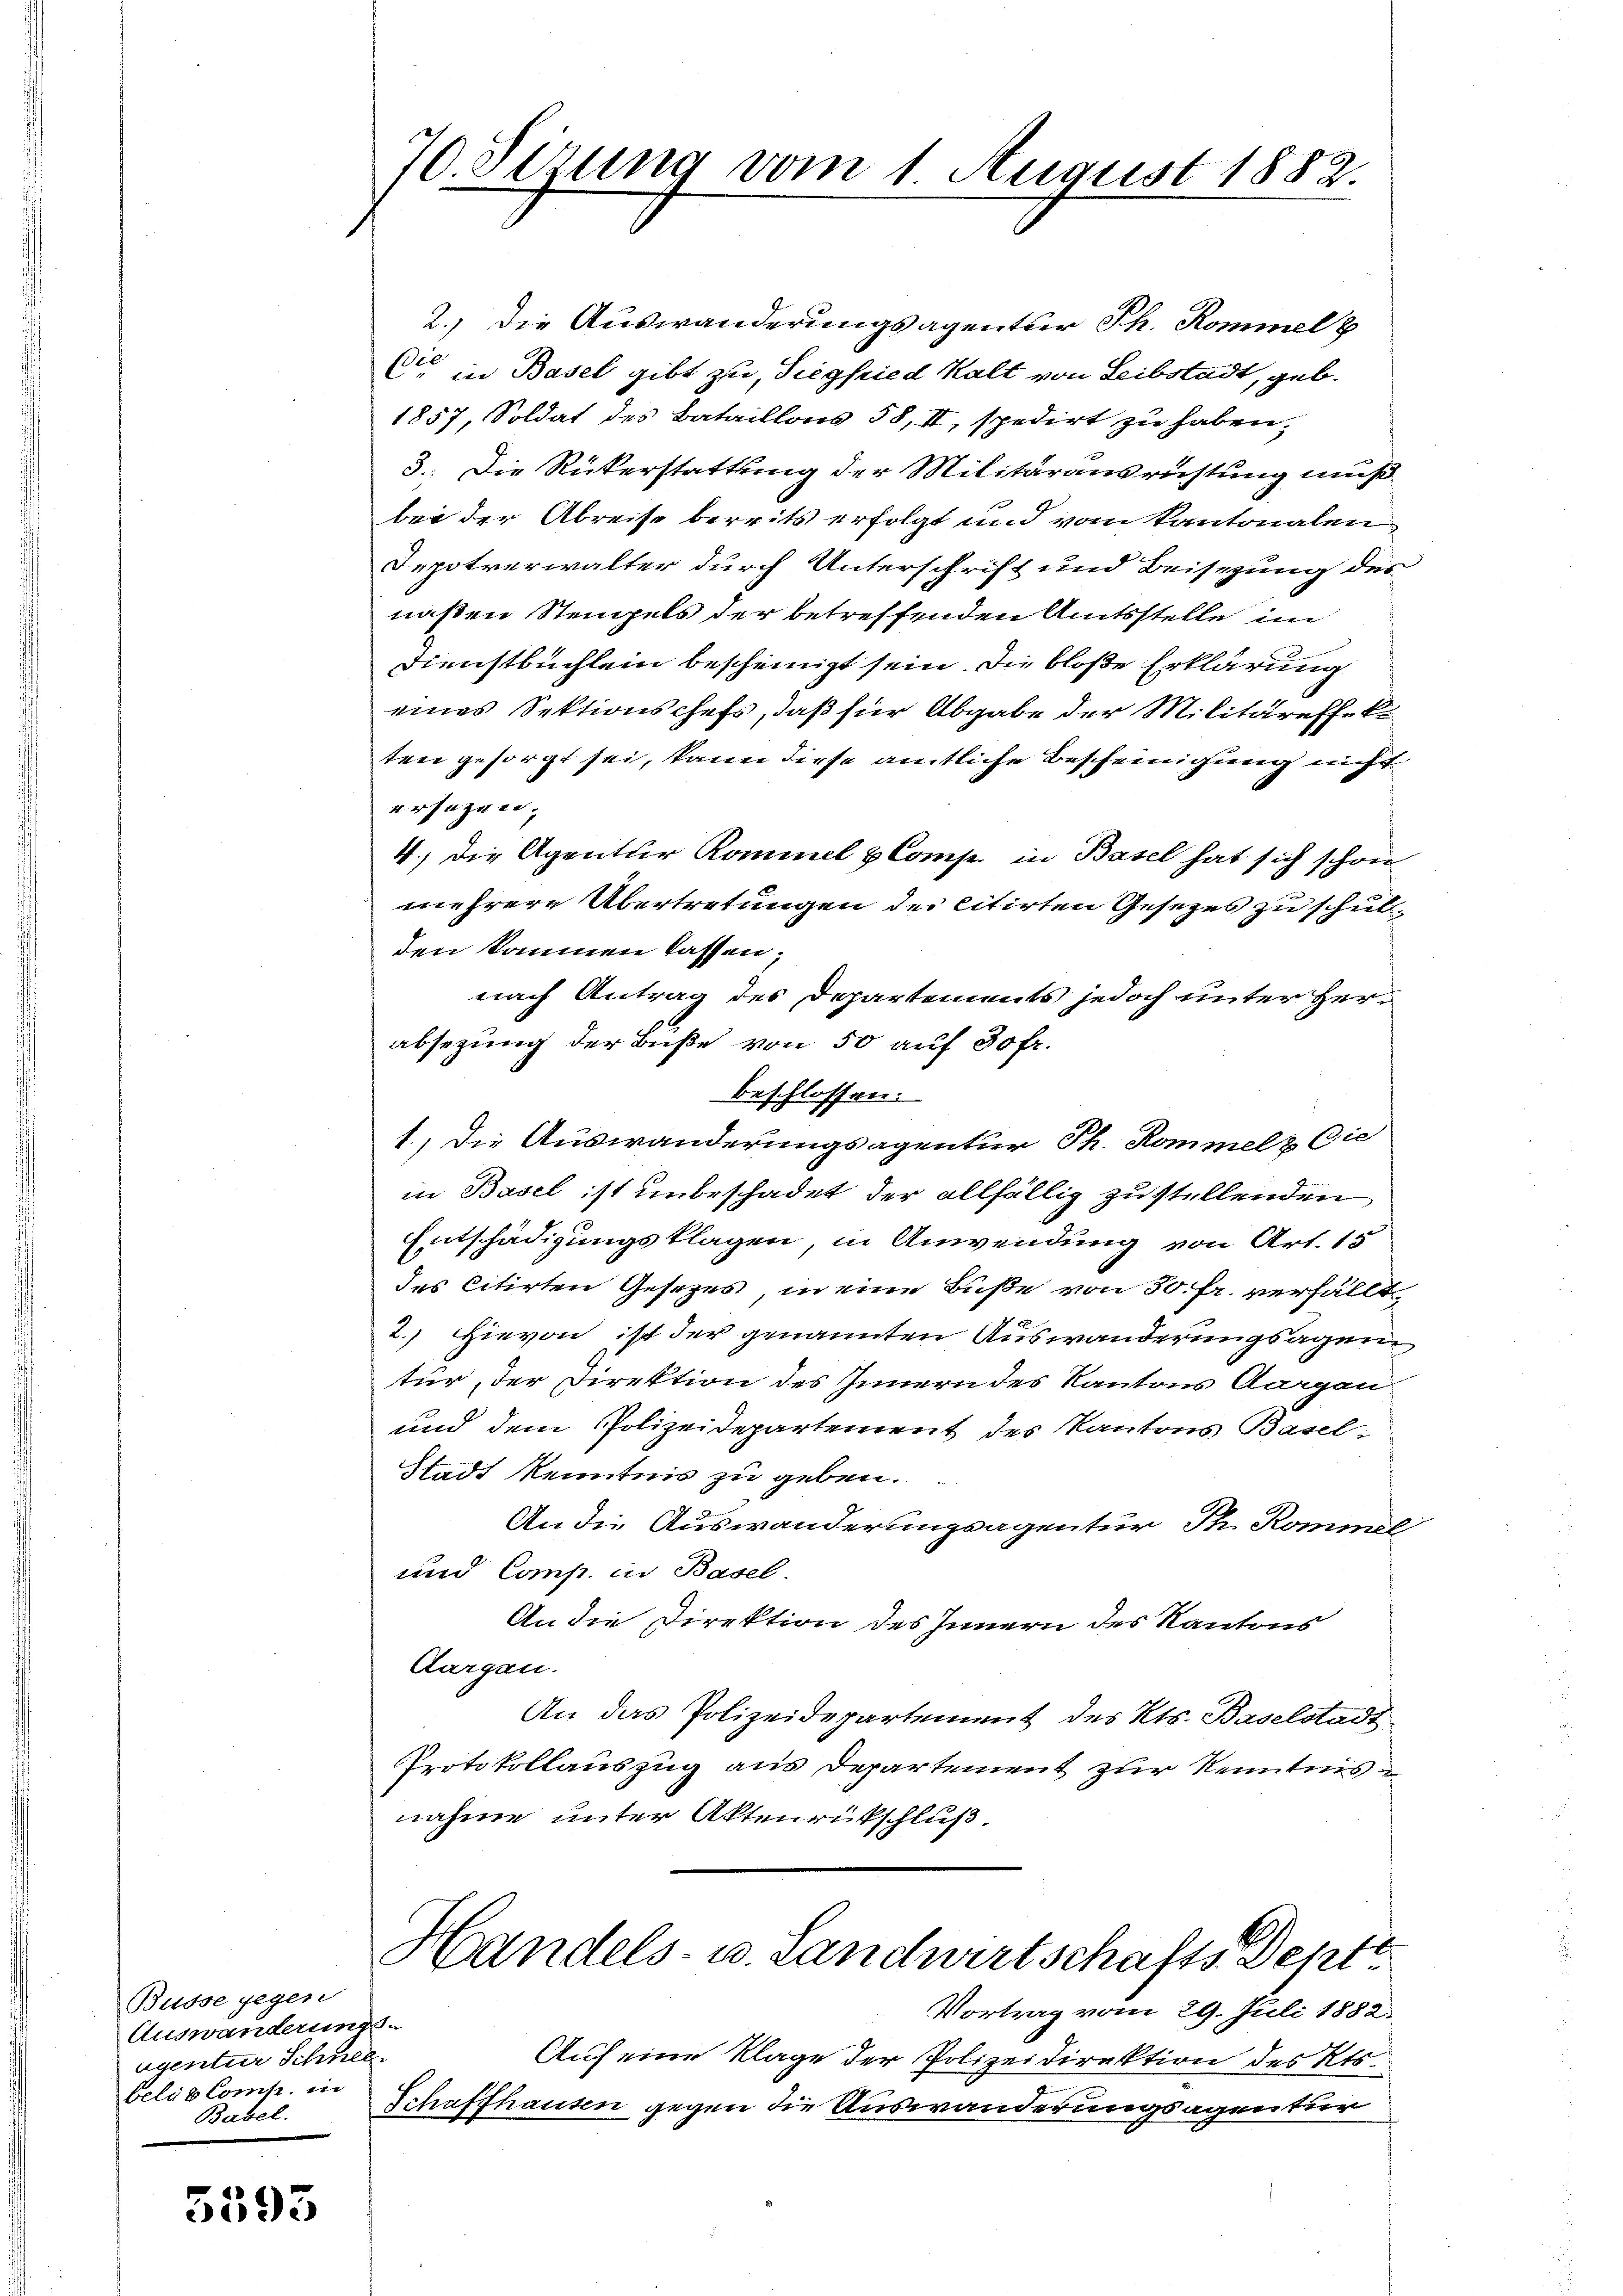
Busse gegen
Auswanderungsugentur Schnel
belis Comp. in
Basel.

5593

70. Sizung vom 1 August 1882

2.) Die Auswanderungsagentur Ph. Rommel b
C in Basel gibt zu Siegfried Kalt von Leibstadt, geb.
1857, Soldat des Bataillons 58, II, spedirt zu haben,
3. Die Rükerstattung der Militärausrichtung muß
bei der Abreise bereits erfolgt und vom Kantonalen
Depotverwalter durch Unterschrift und Beisezung des
naßen Stengels der betreffenden Amtsstelle im
Dienstbuchlein bescheinigt sein. Die bloße Erklärung
eines Sektionschefs, daß für Abgabe der Militäreffekt
ten gesorgt sei, kann diese amtliche Bescheinigung nicht
ersagen;
4.) Die Agentur Kommel & Comp. in Basel hat sich schon
mehrere Übertretungen der citirten Gesetzes zu schulden kommen lassen;
nach Antrag des Departements jedoch unter Herabsezung der Buße von 50 auf 30 fr.
beschlossen:
1., die Auswanderungsagentur Ph. Kommel & Cie
in Basel ist unbeschadet der allfällig zu stellenden
Entschädigungsklagen, in Anwendung von Art. 15
des citirten Gesetzes, in eine Buße von 30. fr. verfällt,
2
2.) Hievon ist der genannten Auswanderungsagen,
tur, der Direktion des Innern des Kantons Aargau
und dem Polizeidepartement des Kantons Basel-
Stadt Kenntnis zu geben.
An die Auswanderungsagentur Th. Kommel
und Comp. in Basel.
An die Direktion des Innern des Kantons
Aargau.
An das Polizeidepartement des Kts. Baselstadt
Protokollauszug aus Departement zur Kenntnis
nahme unter Aktenrückschluß.
Handels- u. Landwirtschafts-Dept
Vortrag vom 29. Juli 1882.
Auf eine Klage der Polizeidirektion des Kts.
Schaffhausen gegen die Auswanderungsagentur